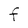
Character: F